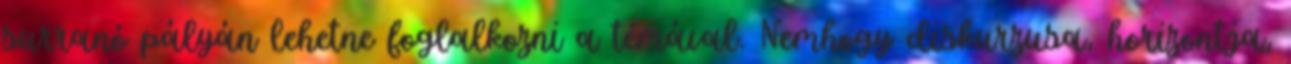
surranó pályán lehetne foglalkozni a témával. Nemhogy diskurzusa, horizontja,